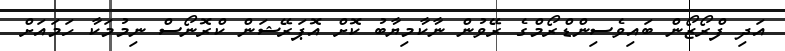
އަދި ފްރޯޒޯން ބައިވެސިންޑްރޯމްގެ ރޭވުން ނާކާމިޔާބު ކޮށް އޮޕަރޭޝަން ކްރޮނޯސް ނިމުމަކާ ހަމައަށް